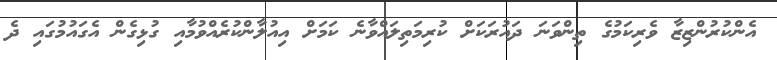
އެންކުރުންޒިޒާ ވެރިކަމުގެ ތިންވަނަ ދައުރަކަށް ކުރިމަތިލައްވާނެ ކަމަށް އިއުލާންކުރެއްވުމާއި ގުޅިގެން އެގައުމުގައި ދެ